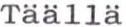
Täällä